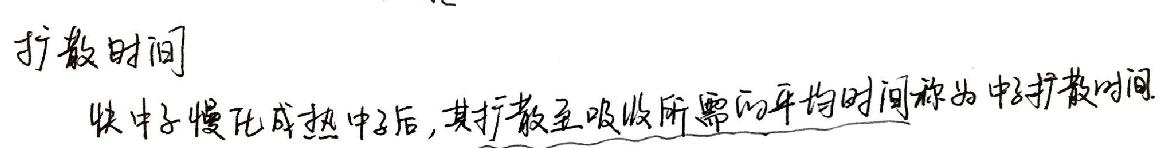
扩散时间
快中子慢化成热中子后，其扩散至吸收所需的平均时间称为中子扩散时间.